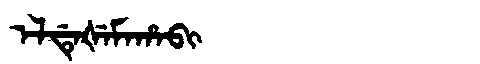
Manchu: ᡝᠯᡩᡝᡧᡝᠮᠠᡥᠠᠪᡳ
Romanization: ELDEŠEMAHABI